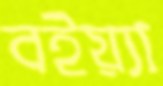
বইয়্যা